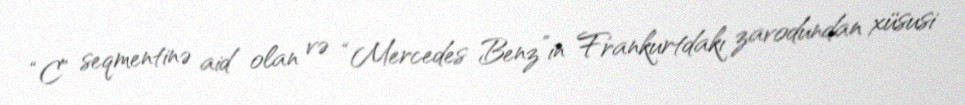
“C” seqmentinə aid olan və “Mercedes Benz”in Frankurtdakı zavodundan xüsusi